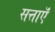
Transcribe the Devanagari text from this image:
सत्ताऍं